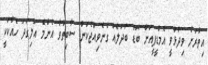
އިތުރަށް ވިދާޅުވީ އެމްޑީޕީއަށް ބޮޑު ބަދަލެއް ގެނެވިއްޖެކަން ސާބިތުވާ އެންމެ އަލިގަދަ ހެއްކަކީ